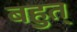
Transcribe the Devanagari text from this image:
बहुत्‌